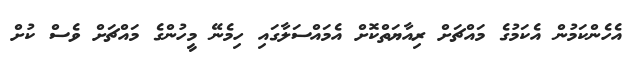
އެހެންކަމުން އެކަމުގެ މައްޗަށް ރިއާޔަތްކޮށް އެމައްސަލާގައި ހިމެނޭ މީހުންގެ މައްޗަށް ވެސް ކުށް